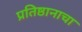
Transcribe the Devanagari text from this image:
प्रतिष्ठानाचा